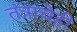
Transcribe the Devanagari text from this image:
तंत्राचेही